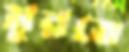
মুরতে